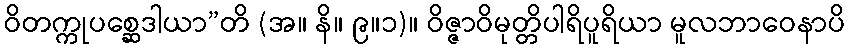
ဝိတက္ကုပစ္ဆေဒါယာ”တိ (အ။ နိ။ ၉။၁)။ ဝိဇ္ဇာဝိမုတ္တိပါရိပူရိယာ မူလဘာဝေနာပိ